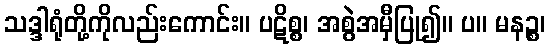
သဒ္ဒါရုံတို့ကိုလည်းကောင်း။ ပဋိစ္စ၊ အစွဲအမှီပြု၍။ ပ။ မနဉ္စ၊